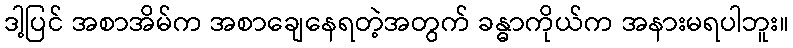
ဒါ့ပြင် အစာအိမ်က အစာချေနေရတဲ့အတွက် ခန္ဓာကိုယ်က အနားမရပါဘူး။